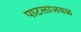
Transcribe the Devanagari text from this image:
पाटलाजवळ